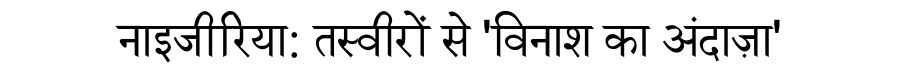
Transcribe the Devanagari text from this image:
नाइजीरिया: तस्वीरों से 'विनाश का अंदाज़ा'